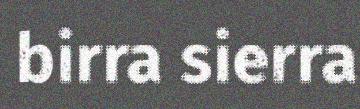
birra sierra